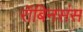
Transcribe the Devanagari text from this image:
रॉबिनसंस